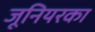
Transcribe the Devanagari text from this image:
जूनियरका